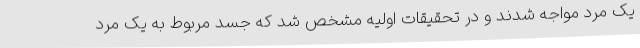
یک مرد مواجه شدند و در تحقیقات اولیه مشخص شد که جسد مربوط به یک مرد